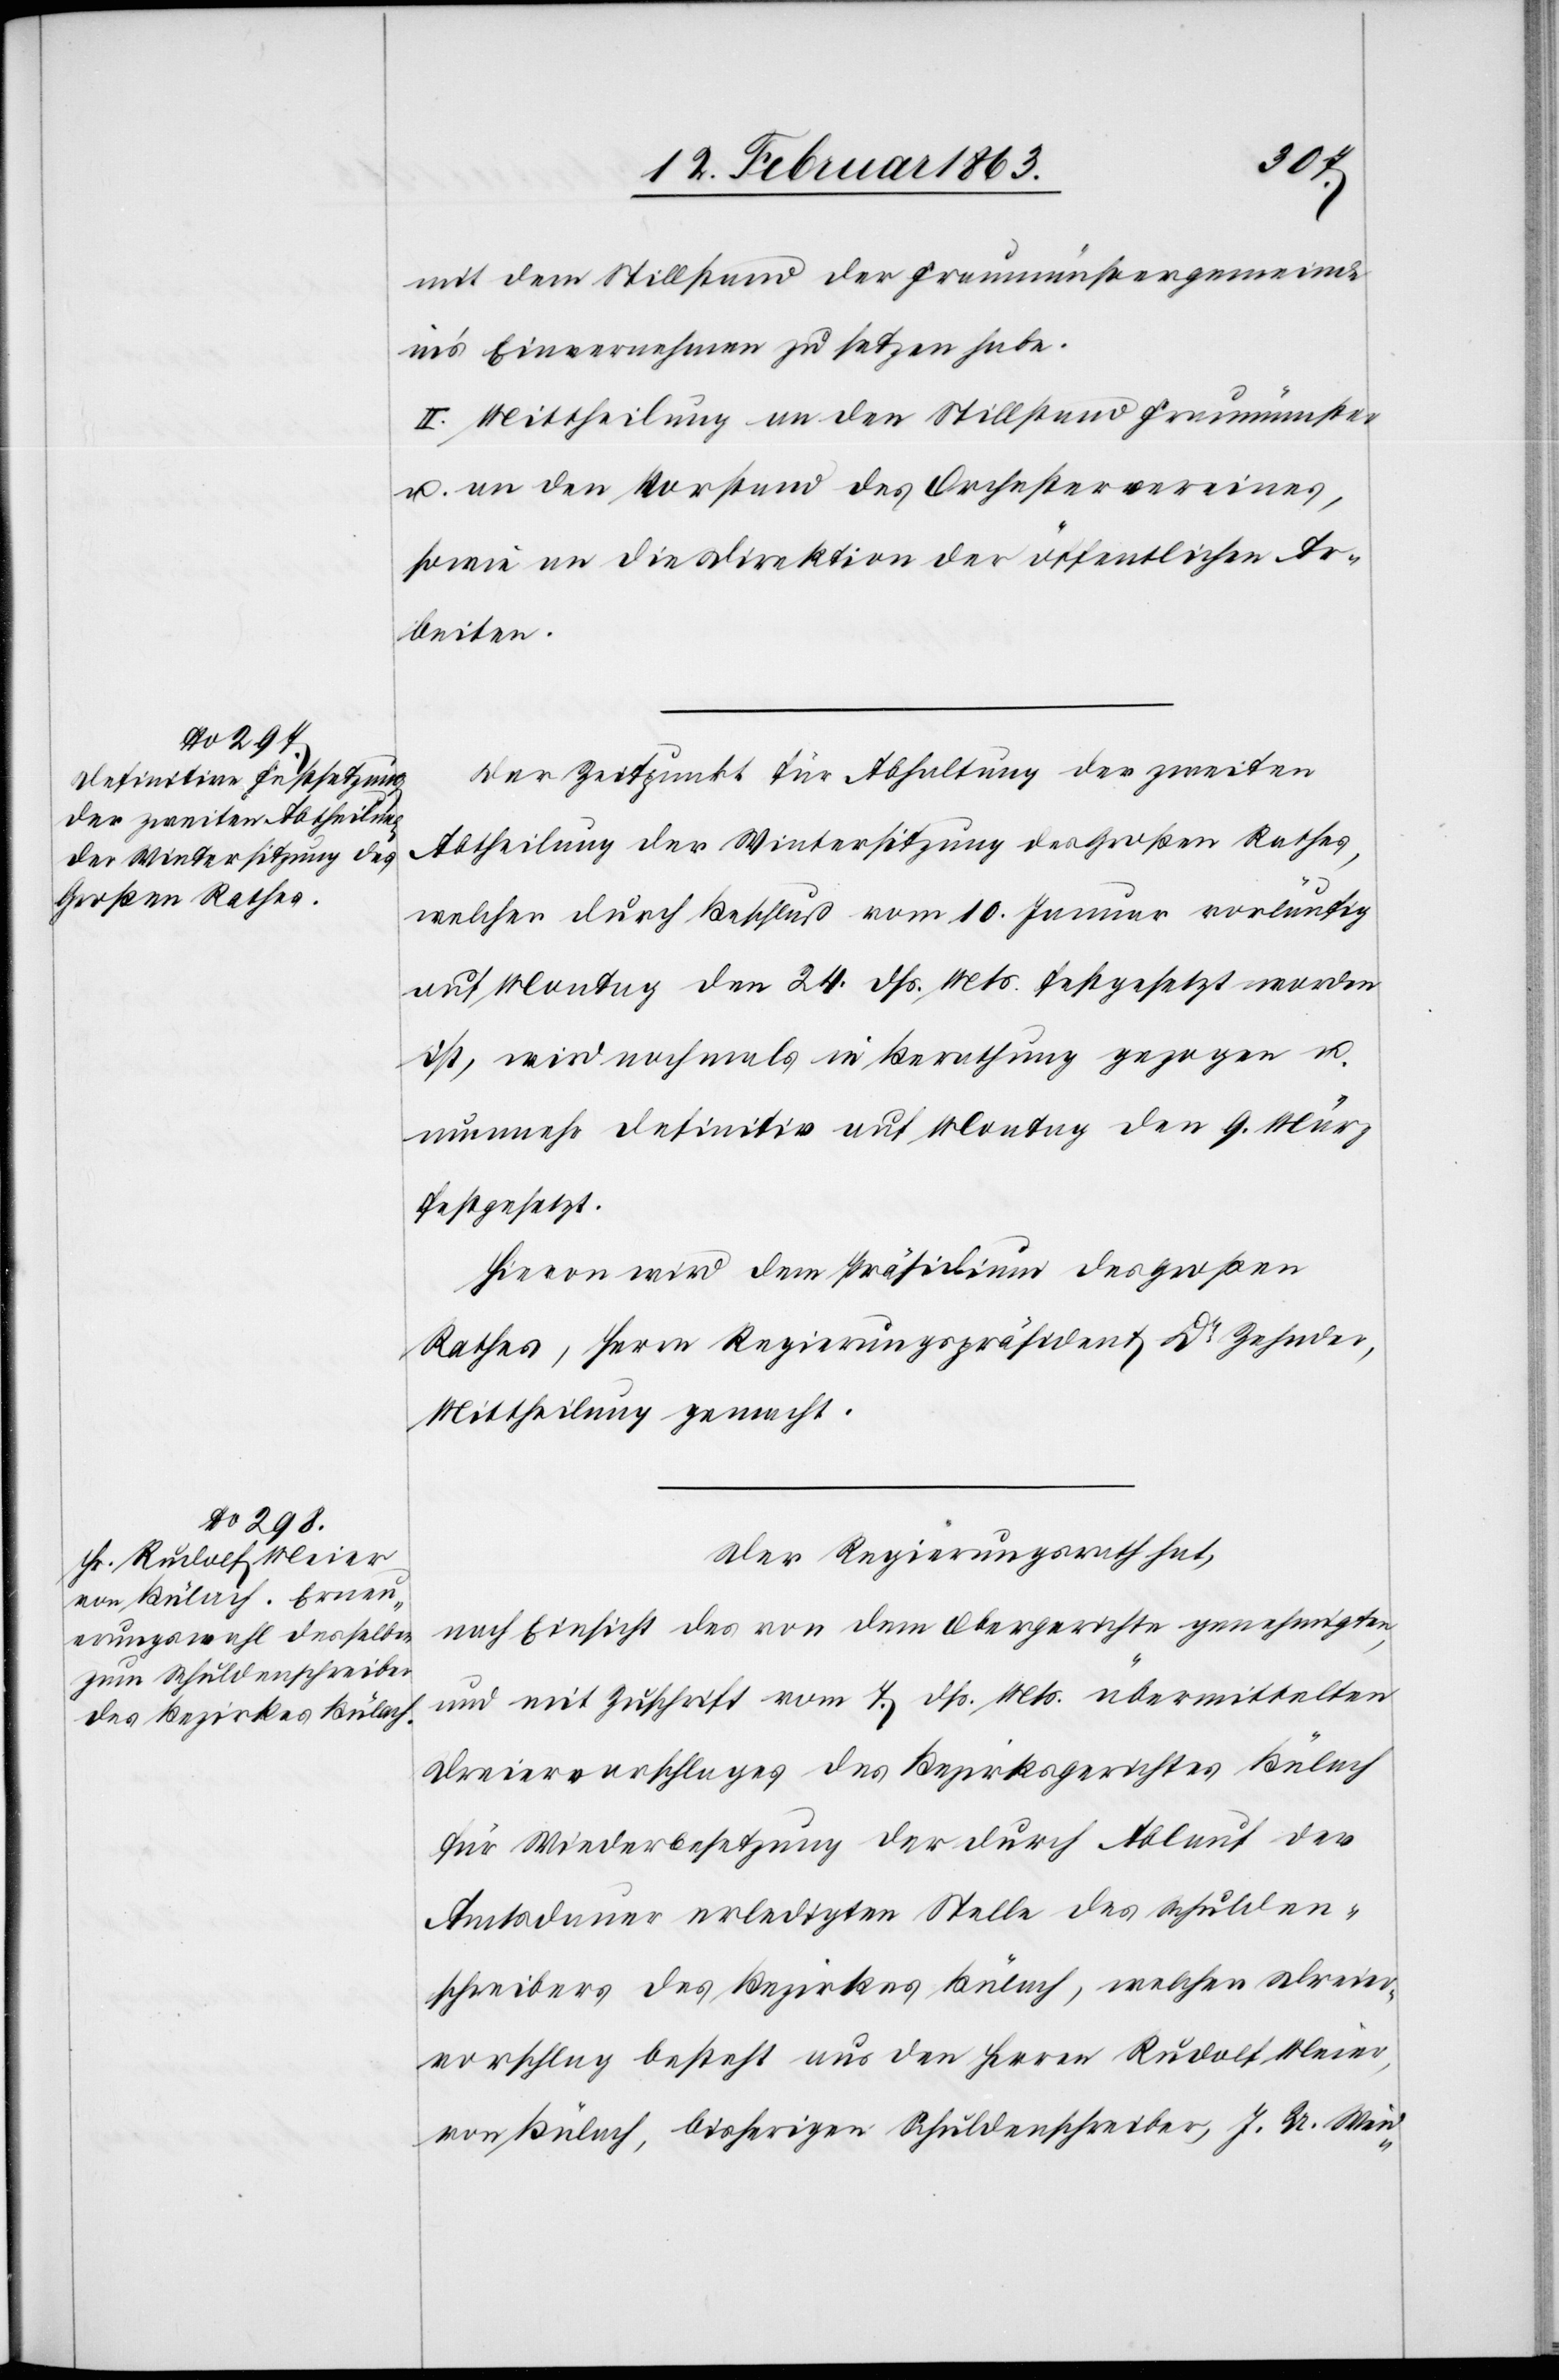
mit dem Stillstand der Fraumünstergemeinde
in's Einvernehmen zu setzen habe.
II. Mittheilung an den Stillstand Fraumünster
u. an den Vorstand des Orchestervereines,
sowie an die Direktion der öffentlichen Ar¬
beiten.
Der Zeitpunkt für Abhaltung der zweiten
Abtheilung der Wintersitzung des Großen Rathes,
welcher durch Beschluß vom 10. Januar vorläufig
auf Montag den 24. dß. Mts. festgesetzt worden
ist, wird nochmals in Berathung gezogen u.
nunmehr definitiv auf Montag den 9. März
festgesetzt.
Hievon wird dem Präsidium des Großen
Rathes, Herrn Regierungspräsident Dr Zehnder,
Mittheilung gemacht.
Der Regierungsrath hat,
nach Einsicht des von dem Obergerichte genehmigten,
und mit Zuschrift vom 7. dß. Mts. übermittelten
Dreiervorschlages des Bezirksgerichtes Bülach
für Wiederbesetzung der durch Ablauf der
Amtsdauer erledigten Stelle des Schulden¬
schreibers des Bezirkes Bülach, welchen Dreier¬
vorschlag besteht aus den Herren Rudolf Meier,
von Bülach, bisherigen Schuldenschreiber, J. U. Weid-